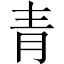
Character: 青